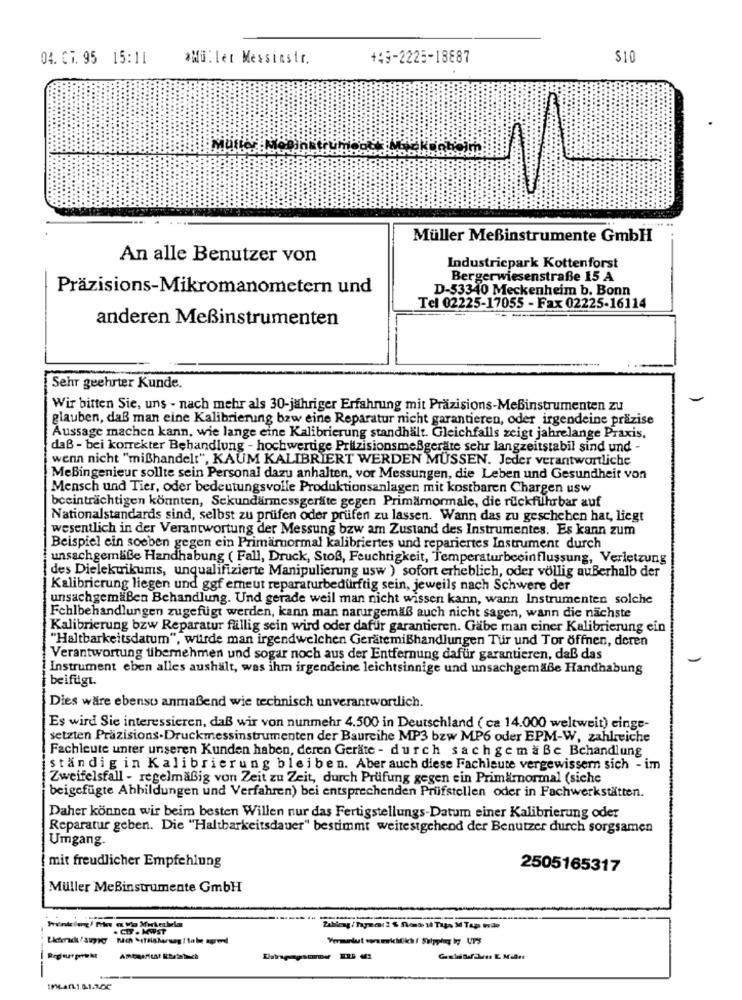
04. C7. 95 15:11
*Müller Messinstr.
149-2225-18887
$10
Müller Meßinstrumente GmbH
An alle Benutzer von
Industriepark Kottenforst
Bergerwiesenstraße 15 A
Präzisions-Mikromanometern und
D-53340 Meckenheim b. Bonn
Tel 02225-17055 - Fax 02225-16114
anderen Meßinstrumenten
Sehr geehrter Kunde.
Wir bitten Sie, uns - nach mehr als 30-jähriger Erfahrung mit Präzisions-MeBinstrumenten zu
glauben, daß man eine Kalibrierung bzw eine Reparatur nicht garantieren, oder irgendeine präzise
Aussage machen kann, wie lange eine Kalibrierung standhält. Gleichfalls zeigt jahrelange Praxis,
daß - bei korrekter Behandlung - hochwertige Pritzisionsmeßgeräte sehr langzeitstabil sind und -
wenn nicht "mißhandelt", KAUM KALIBRIERT WERDEN MÜSSEN. Jeder verantwortliche
MeBingenieur sollte sein Personal dazu anhalten, vor Messungen, die Leben und Gesundheit von
Mensch und Tier, oder bedeutungsvolle Produktionsanlagen mit kostbaren Chargen usw
beeinträchtigen könnten, Sekundärmessgeräte gegen Primärnormale, die rückführbar auf
Nationalstandards sind, selbst zu prüfen oder prüfen zu lassen. Wann das zu geschehen hat, liegt
wesentlich in der Verantwortung der Messung bzw am Zustand des Instrumentes. Es kann zum
Beispiel ein soeben gegen ein Primärnormal kalibriertes und repariertes Instrument durch
unsachgemäße Handhabung ( Fall, Druck, Stoß, Feuchtigkeit, Temperaturbeeinflussung, Verletzung
|des Dielekuikums, unqualifizierte Manipulierung usw ) sofort erheblich, oder völlig außerhalb der
|Kalibrierung liegen und ggf erneut reparaturbedürftig sein, jeweils nach Schwere der
unsachgemäßen Behandlung. Und gerade weil man nicht wissen kann, wann Instrumenten solche
|Fchlbehandlungen zugefügt werden, kann man naturgemäß auch nicht sagen, wann die nächste
Kalibrierung bzw Reparatur fällig sein wird oder dafür garantieren. Gäbe man ciner Kalibrierung ein
"Haltbarkeitsdatum", würde man irgendwelchen Gerätemißhandlungen Tür und Tor öffnen, deren
Verantwortung tibemnehmen und sogar noch aus der Entfernung dafür garantieren, daß das
! Instrument eben alles aushält, was ihm irgendeine leichtsinnige und unsachgemäße Handhabung
beifugt.
Dies wäre ebenso anmaßend wie technisch unverantwortlich.
Es wird Sie interessieren, daß wir von nunmehr 4.500 in Deutschland ( ca 14.000 weltweit) cinge-
setzten Präzisions-Druckmessinstrumenten der Baureihe MP3 bzw MP6 oder EPM-W, zahlreiche
Fachleute unter unseren Kunden haben, deren Geräte - durch sach gemäße Behandlung
ständig in Kalibrierung bleiben. Aber auch diese Fachleute vergewissern sich - im
Zweifelsfall - regelmäßig von Zeit zu Zeit, durch Prüfung gegen ein Primärnormal (siche
beigefügte Abbildungen und Verfahren) bei entsprechenden Prüfstellen oder in Fachwerkstätten.
Daher können wir beim besten Willen nur das Fertigstellungs-Datum einer Kalibrierung oder
Reparatur geben. Die "Haltbarkeitsdauer" bestimmt weitestgehend der Benutzer durch sorgsamen
Umgang.
mit freudlicher Empfehlung
2505165317
Müller MeBinstrumente GmbH